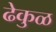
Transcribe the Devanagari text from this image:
ढेकुळ